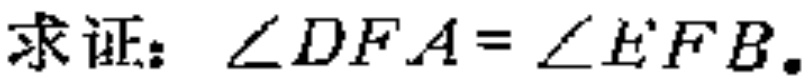
求证：\(\angle DFA = \angle EFB\)。